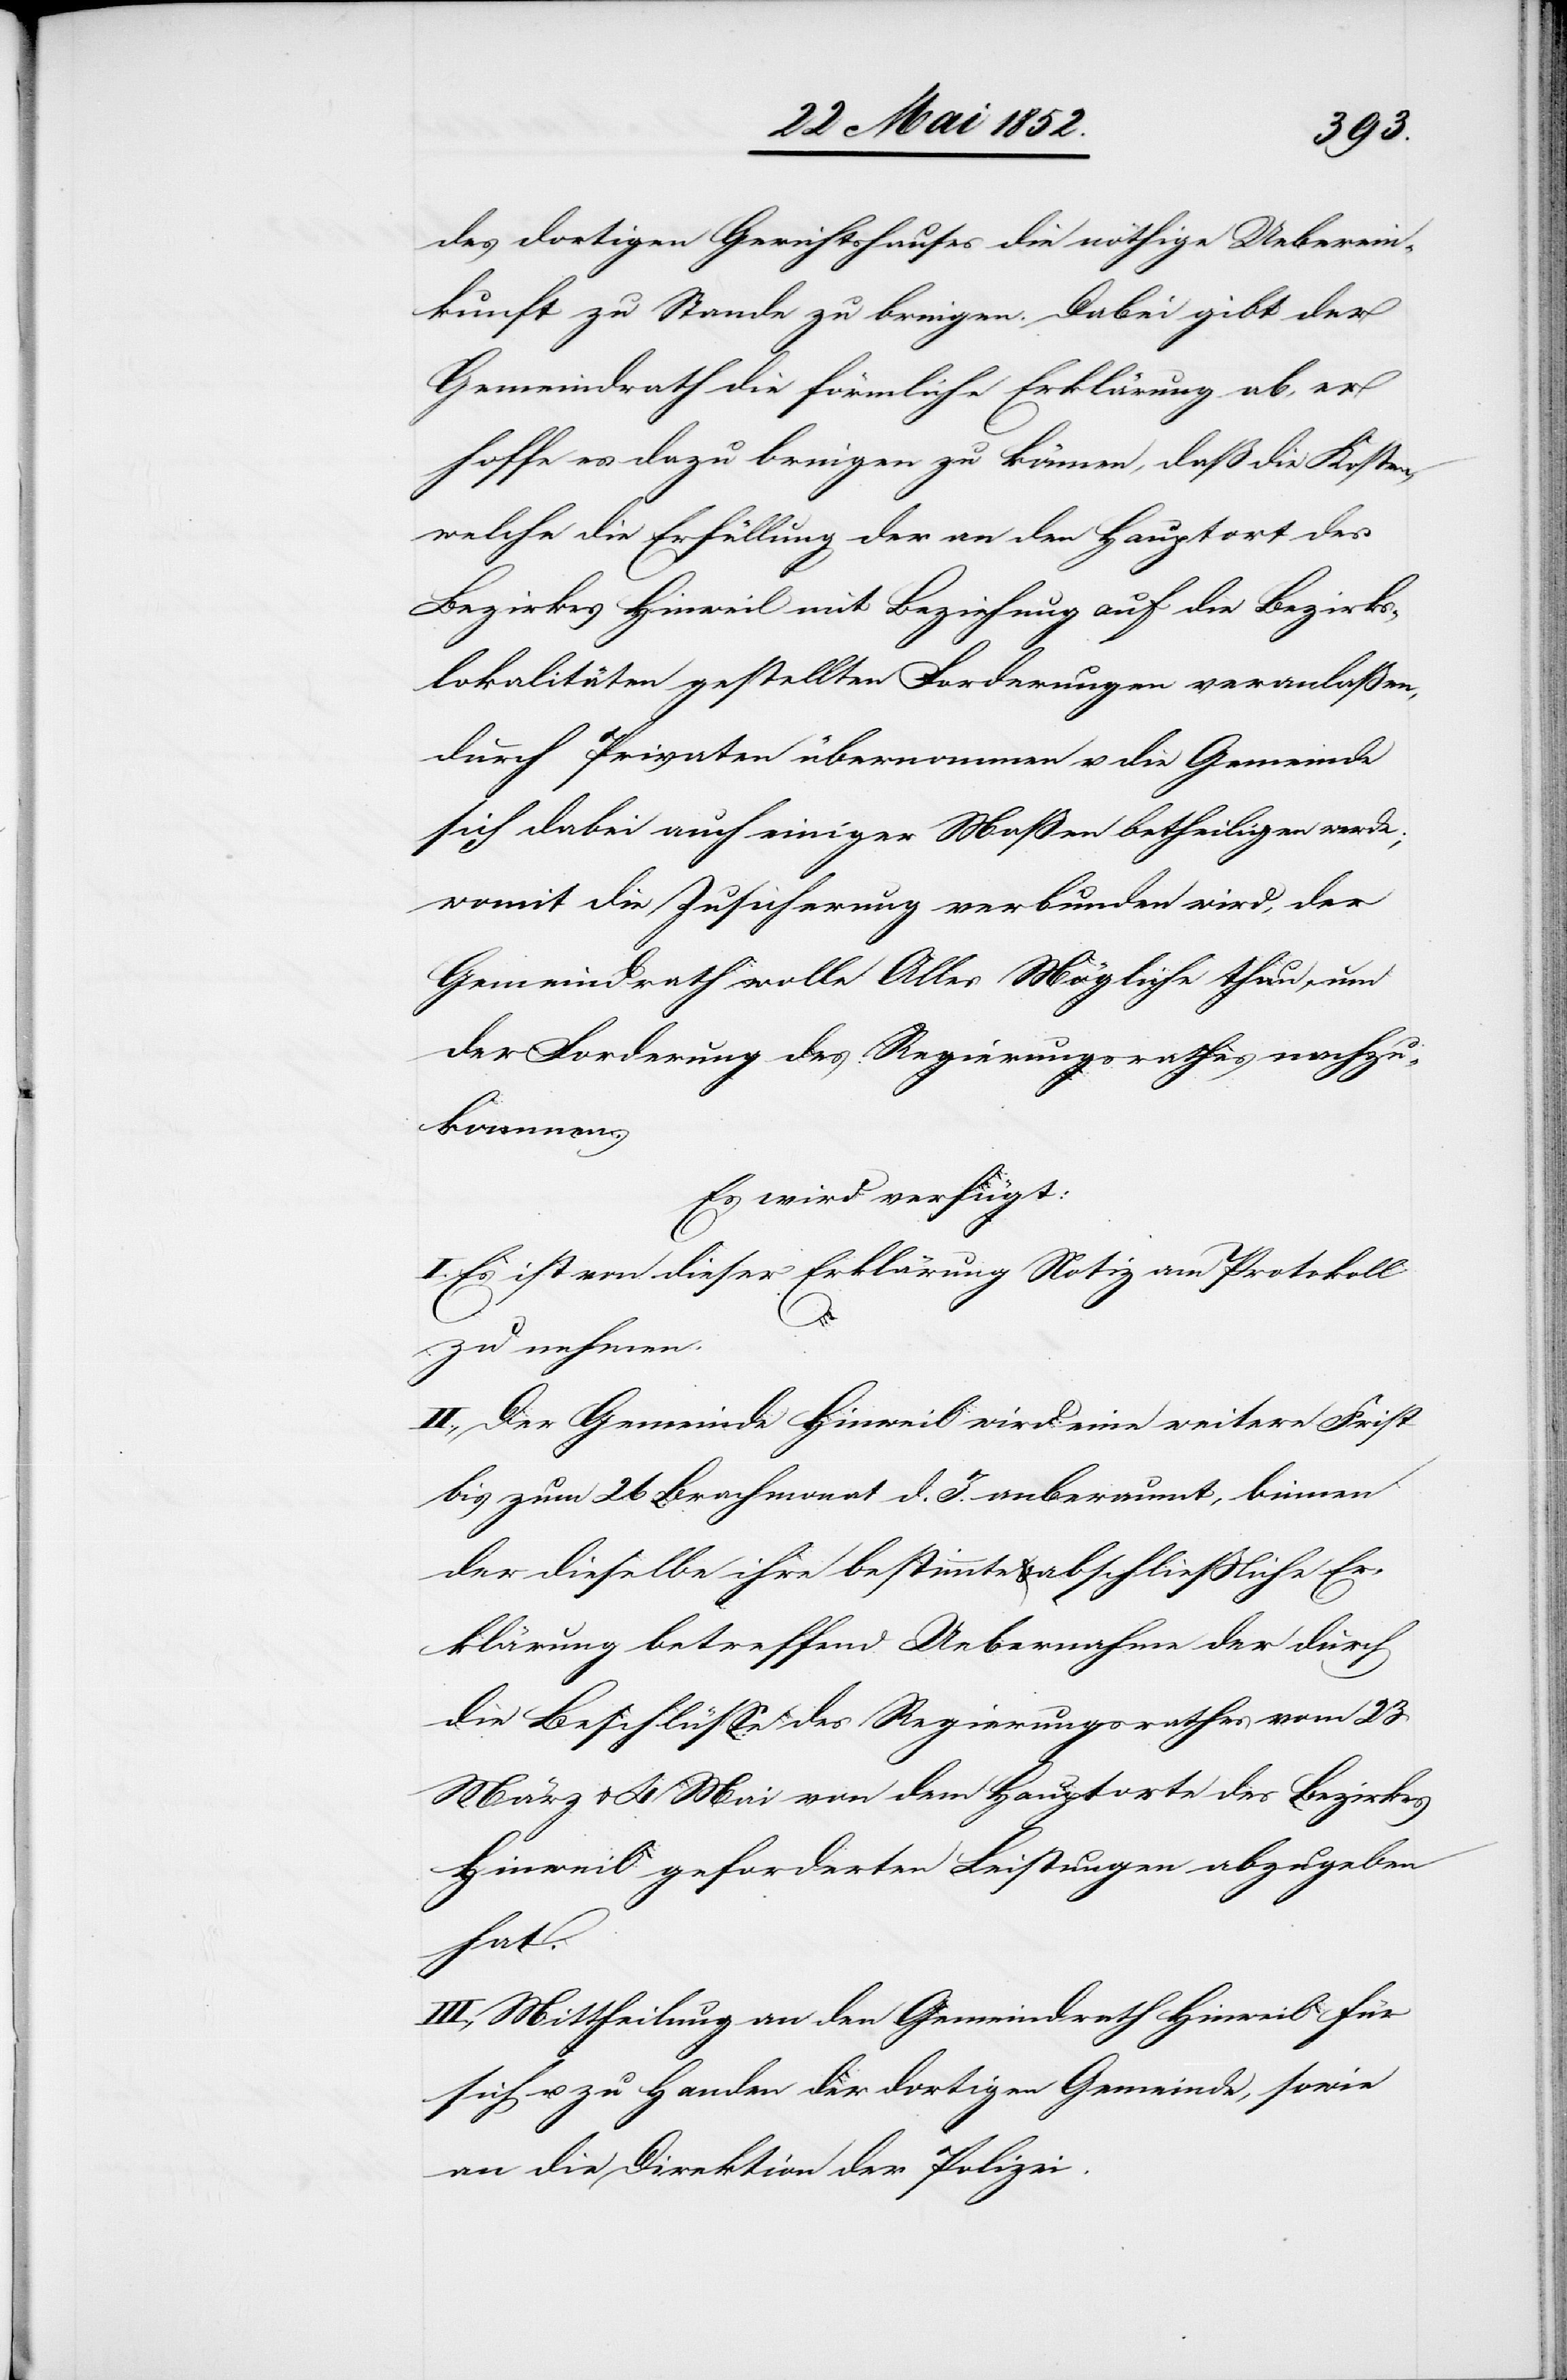
des dortigen Gerichtshauses die nöthige Ueberein¬
kunft zu Stande zu bringen. Dabei gibt der
Gemeindrath die förmliche Erkärung ab, er
hoffe es dazu bringen zu können, daß die Kosten,
welche die Erfüllung der an den Hauptort des
Bezirkes Hinweil mit Beziehung auf die Bezirks¬
lokalitäten gestellten Forderungen veranlaßen,
durch Privaten übernommen u. die Gemeinde
sich dabei auch einiger Maßen betheiligen werde;
womit die Zusicherung verbunden wird, der
Gemeindrath wolle Alles Mögliche thun, um
der Forderung des Regierungsrathes nachzu¬
kommen.
Es wird verfügt:
I. Es ist von dieser Erklärung Notiz am Protokoll
zu nehmen.
II., Der Gemeinde Hinweil wird eine weitere Frist
bis zum 26 Brachmonat d. J. anberaumt, binnen
der dieselbe ihre bestimmte & abschliessliche Er¬
klärung betreffend Uebernahme der durch
die Beschlüsse des Regierungsrathes vom 23
März & 4 Mai von dem Hauptorte des Bezirkes
Hinweil geforderten Leistungen abzugeben
hat.
III., Mittheilung an den Gemeindrath Hinweil für
sich u. zu Handen der dortigen Gemeinde, sowie
an die Direktion der Polizei.